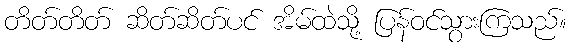
တိတ်တိတ် ဆိတ်ဆိတ်ပင် အိမ်ထဲသို့ ပြန်ဝင်သွားကြသည်။